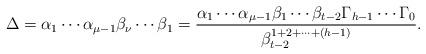
LaTeX: \begin{align*}\Delta = \alpha_1 \cdots \alpha_{\mu-1} \beta_{\nu} \cdots \beta_1 = \frac{\alpha_1 \cdots \alpha_{\mu-1} \beta_1 \cdots \beta_{t-2} \Gamma_{h-1} \cdots \Gamma_0 }{\beta_{t-2}^{1+2+\cdots + (h-1)}}.\end{align*}